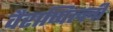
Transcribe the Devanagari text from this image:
वैराप्पिल्ली